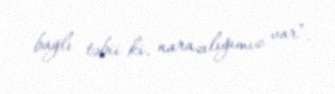
bağlı təbii ki, narazılığımız var”.